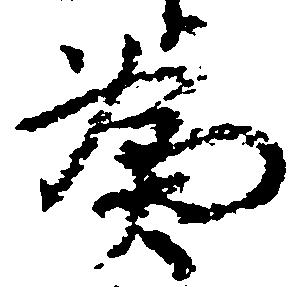
為